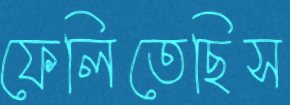
ফেলিতেছিস